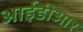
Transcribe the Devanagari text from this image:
आईडीआर